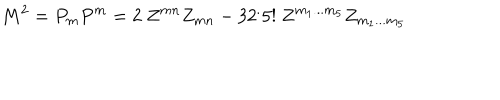
LaTeX: M ^ { 2 } = P _ { m } P ^ { m } = 2 ~ Z ^ { m n } Z _ { m n } - 3 2 ^ { . } 5 ! ~ Z ^ { m _ { 1 } . . . m _ { 5 } } Z _ { m _ { 1 } . . . m _ { 5 } }